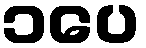
၁ပေ